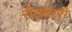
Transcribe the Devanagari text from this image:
रीढधारी